Annual report of the Punjab Veterinary College and of the Civil Veterinary Department, Punjab - 1926-1932
Year: 1926
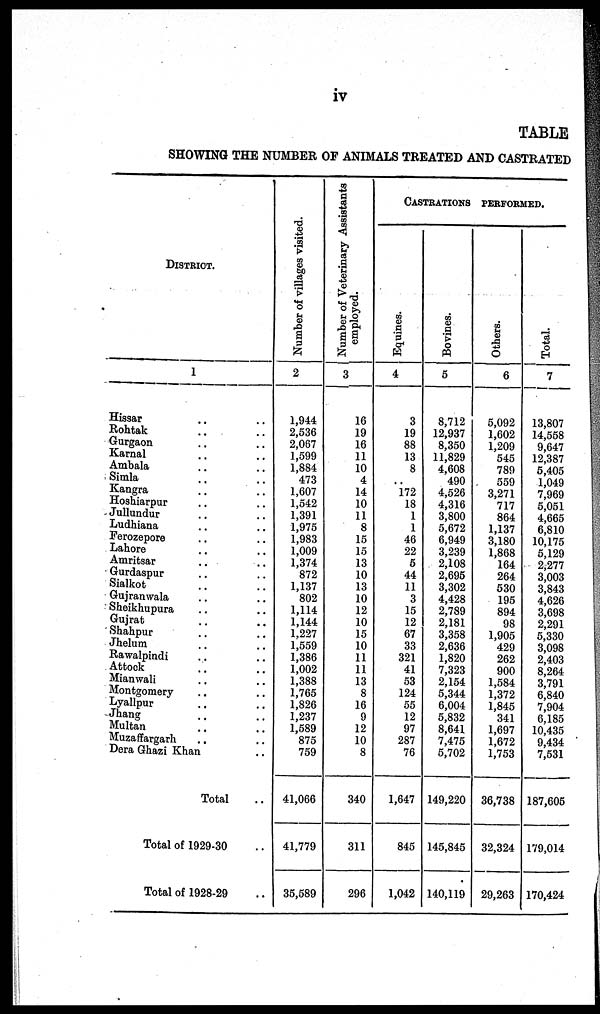
iv
TABLE
SHOWING THE NUMBER OF ANIMALS TREATED AND CASTRATED
DISTRICT
1
Hissar .. ..
Rohtak .. ..
Gurgaon .. ..
Karnal .. ..
Ambala .. ..
Simla .. ..
Kangra .. ..
Hoshiarpur .. ..
Jullundur .. ..
Ludhiana .. ..
Ferozepore .. ..
Lahore .. ..
Amritsar .. ..
Gurdaspur .. ..
Sialkot .. ..
Gujranwala .. ..
Sheikhupura .. ..
Gujrat .. ..
Shahpur .. ..
Jhelum .. ..
Rawalpindi .. ..
Attook .. ..
Mianwali .. ..
Montgomery .. ..
Lyallpur .. ..
Jhang .. ..
Multan ..
Muzaffargarh .. .. ..
Dera Ghazi Khan .. ..
Total ..
Total of 1929-30
Total of 1928-29
Nu mb e r of villages visited.
2
1,944
2,536
2,067
1,599
1,884
473
1,607
1,542
1,391
1,975
1,983
1,009
1,374
872
1,137
802
1,114
1,144
1,227
1,559
1,386
1,002
1,388
1,765
1,826
1,237
1,589
875
759
41,066
41,779
35,589
Number of Veterinary Assistants
employed.
3
16
19
16
11
10
4
14
10
11
8
15
15
13
10
13
10
12
10
15
10
11
11
13
8
16
9
12
10
8
340
311
296
CASTRATIONS PERFORMED.
Equines.
4
3
19
88
13
8
..
172
18
1
1
46
22
5
44
11
3
15
12
67
33
321
41
53
124
55
12
97
287
76
1,647
845
1,042
Bovines.
5
8,712
12,937
8,350
11,829
4,608
490
4,526
4,316
3,800
5,672
6,949
3,239
2,108
2,695
3,302
4,428
2,789
2,181
3,358
2,636
1,820
7,323
2,154
5,344
6,004
5,832
8,641
7,475
5,702
149,220
145,845
140,119
Others.
6
5,092
1,602
1,209
545
789
559
3,271
717
864
1,137
3,180
1,868
164
264
530
195
894
98
1,905
429
262
900
1,584
1,372
1,845
341
1,697
1,672
1,753
36,738
32,324
29,263
Total.
7
13,807
14,558
9,647
12,387
5,405
1,049
7,969
5,051
4,665
6,810
10,175
5,129
2,277
3,003
3,843
4,626
3,698
2,291
5,330
3,098
2,403
8,264
3,791
6,840
7,904
6,185
10,435
9,434
7,531
187,605
179,014
170,424